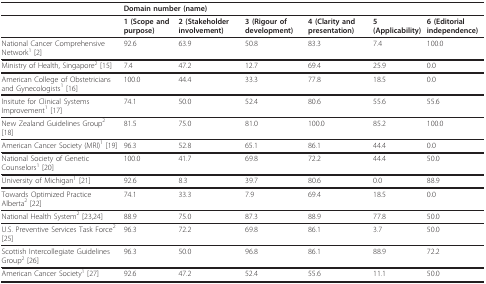
|  | <COLSPAN=6> Domain number (name) |
 | --- | --- | --- | --- | --- | --- | --- |
 |  | 1 (Scope and purpose) | 2 (Stakeholder involvement) | 3 (Rigour of development) | 4 (Clarity and presentation) | 5 (Applicability) | 6 (Editorial independence) |
 | National Cancer Comprehensive Network1 [2] | 92.6 | 63.9 | 50.8 | 83.3 | 7.4 | 100.0 |
 | Ministry of Health, Singapore2 [15] | 7.4 | 47.2 | 12.7 | 69.4 | 25.9 | 0.0 |
 | American College of Obstetricians and Gynecologists1 [16] | 100.0 | 44.4 | 33.3 | 77.8 | 18.5 | 0.0 |
 | Insitute for Clinical Systems Improvement1 [17] | 74.1 | 50.0 | 52.4 | 80.6 | 55.6 | 55.6 |
 | New Zealand Guidelines Group2 [18] | 81.5 | 75.0 | 81.0 | 100.0 | 85.2 | 100.0 |
 | American Cancer Society (MRI)1 [19] | 96.3 | 52.8 | 65.1 | 86.1 | 44.4 | 0.0 |
 | National Society of Genetic Counselors1 [20] | 100.0 | 41.7 | 69.8 | 72.2 | 44.4 | 50.0 |
 | University of Michigan1 [21] | 92.6 | 8.3 | 39.7 | 80.6 | 0.0 | 88.9 |
 | Towards Optimized Practice Alberta2 [22] | 74.1 | 33.3 | 7.9 | 69.4 | 18.5 | 0.0 |
 | National Health System2 [23,24] | 88.9 | 75.0 | 87.3 | 88.9 | 77.8 | 50.0 |
 | U.S. Preventive Services Task Force2 [25] | 96.3 | 72.2 | 69.8 | 86.1 | 3.7 | 50.0 |
 | Scottish Intercollegiate Guidelines Group2 [26] | 96.3 | 50.0 | 96.8 | 86.1 | 88.9 | 72.2 |
 | American Cancer Society1 [27] | 92.6 | 47.2 | 52.4 | 55.6 | 11.1 | 50.0 |